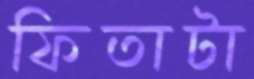
ফিতাটা